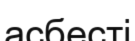
асбесті